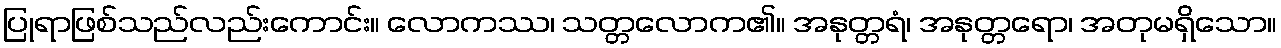
ပြုရာဖြစ်သည်လည်းကောင်း။ လောကဿ၊ သတ္တလောက၏။ အနုတ္တရံ၊ အနုတ္တရော၊ အတုမရှိသော။